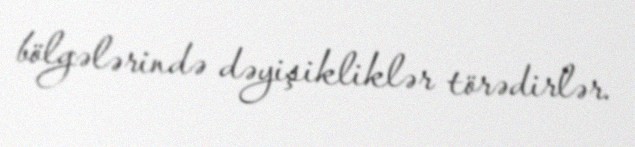
bölgələrində dəyişikliklər törədirlər.